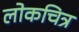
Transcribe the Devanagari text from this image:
लोकचित्र